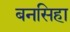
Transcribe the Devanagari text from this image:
बनसिहा